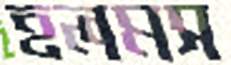
হলমস